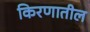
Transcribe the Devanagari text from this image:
किरणातील